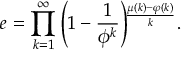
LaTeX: e = \prod _ { k = 1 } ^ { \infty } \left( 1 - { \frac { 1 } { \phi ^ { k } } } \right) \! \! ^ { \frac { \mu ( k ) - \varphi ( k ) } { k } } .